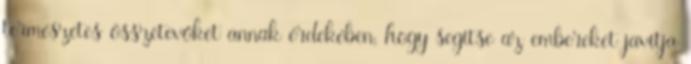
természetes összetevőket annak érdekében, hogy segítse az embereket javítja